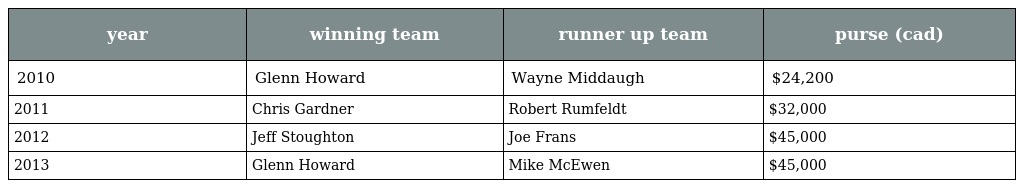
| year | winning team | runner up team | purse (cad) |
 | --- | --- | --- | --- |
 | 2010 | Glenn Howard | Wayne Middaugh | $24,200 |
 | 2011 | Chris Gardner | Robert Rumfeldt | $32,000 |
 | 2012 | Jeff Stoughton | Joe Frans | $45,000 |
 | 2013 | Glenn Howard | Mike McEwen | $45,000 |